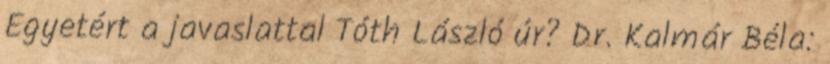
Egyetért a javaslattal Tóth László úr? Dr. Kalmár Béla: